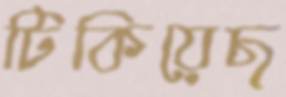
টিকিয়েছ